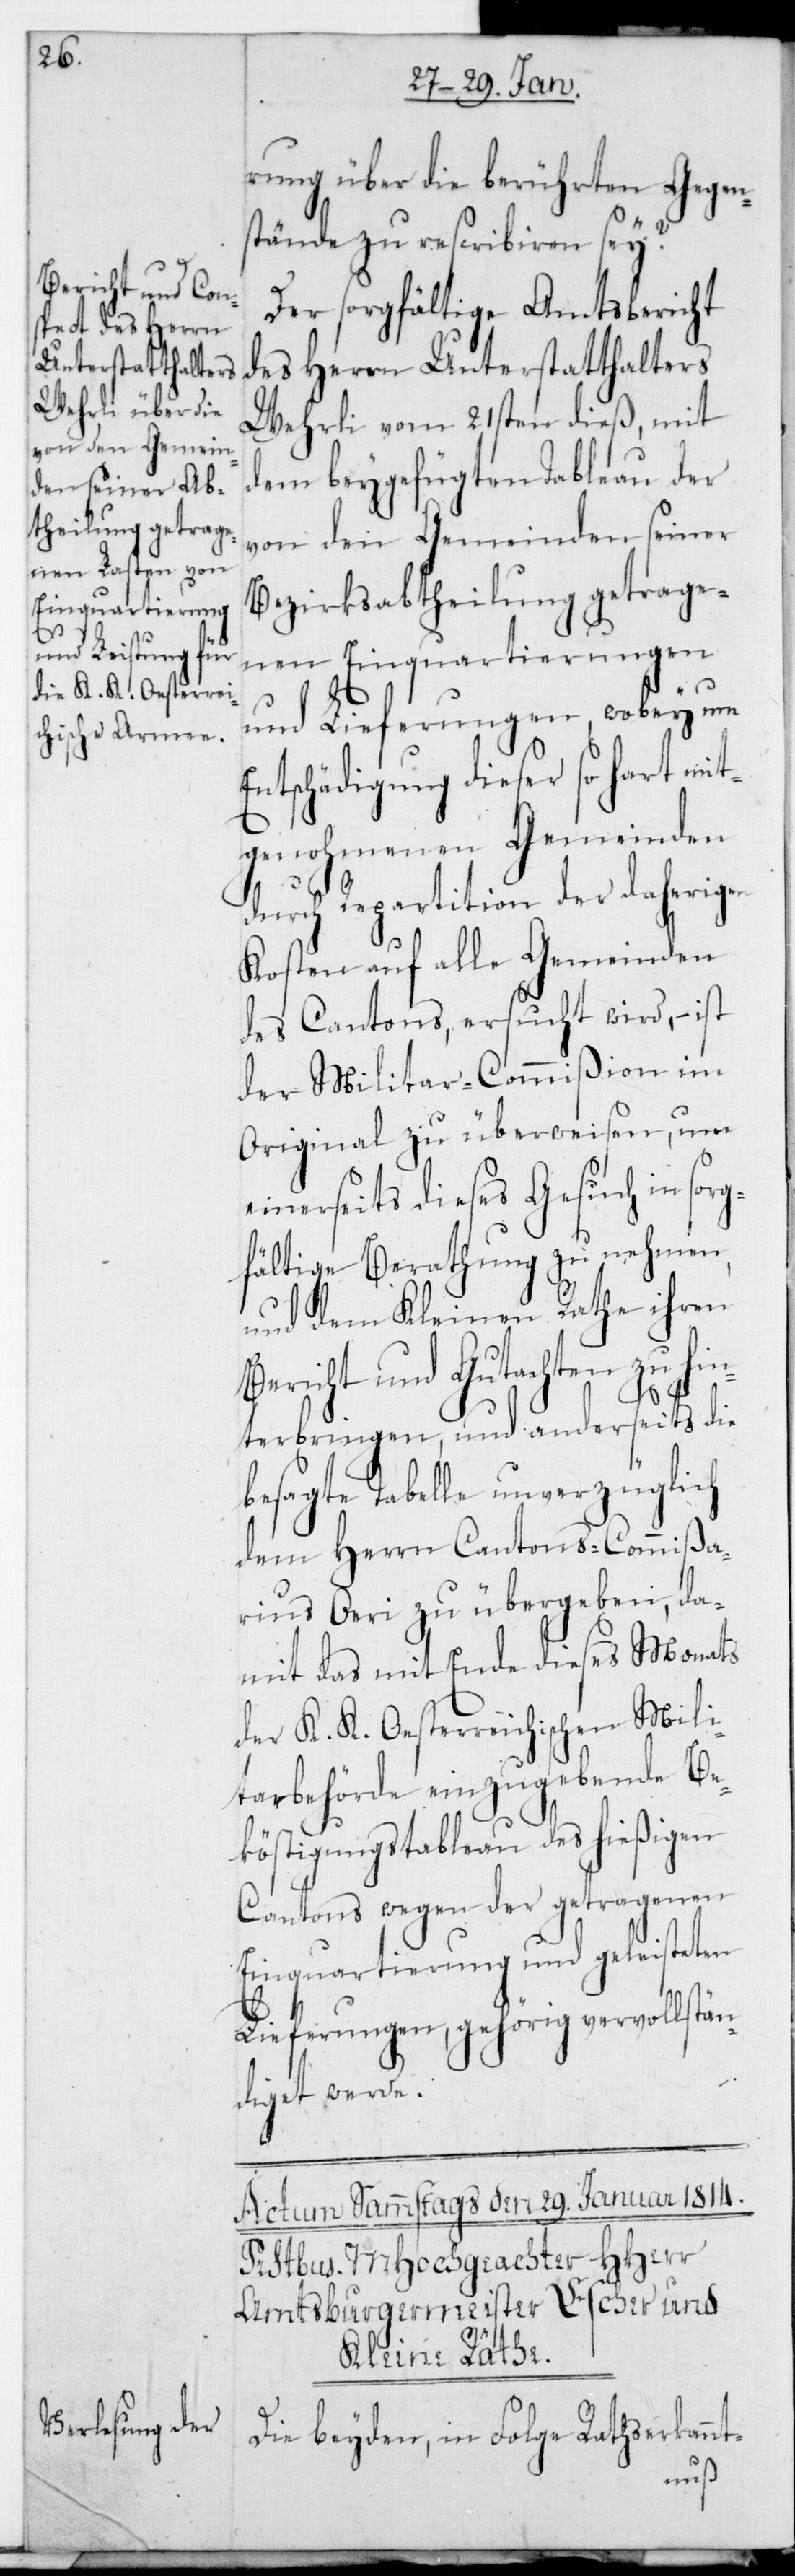
rung über die berührten Gegen¬
stände zu rescribieren sei?
Der sorgfältige Amtsbericht
des Herrn Unterstatthalters
Wehrli vom 21sten dieß, mit
dem beygefügten Tableau der
von den Gemeinden seiner
Bezirksabtheilung getrage¬
nen Einquartierungen
und Lieferungen, wobey um
Entschädigung dieser so hart mit¬
genohmenen Gemeinden
durch Repartition der daherigen
Kosten auf alle Gemeinden
des Cantons, ersucht wird, – ist
der Militar-Commißion im
Original zu überweisen, um
einerseits dieses Gesuch in sor¬
gfältige Berathung zu nehmen,
und dem Kleinen Rathe ihren
Bericht und Gutachten zu hin¬
terbringen, und anderseits die
besagte Tabelle unverzüglich
dem Herrn Cantons-Commißa¬
rius Oeri zu übergeben, da¬
mit das mit Ende dieses Monats
der K. K. Oesterreichischen Mili¬
tarbehörde einzugebende Be¬
köstigungstableau des hießigen
Cantons wegen der getragenen
Einquartierung und geleisteten
Lieferungen, gehörig vervollstän¬
diget werde.
Die beyden, in Folge Rathserkannt-